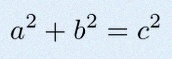
a^2+b^2=c^2